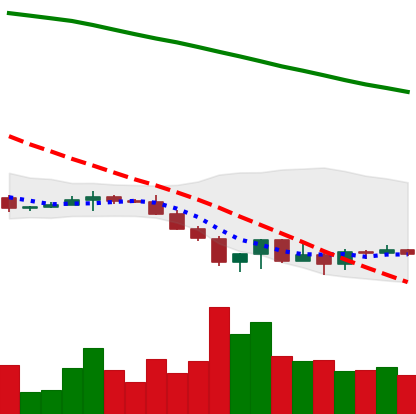
Ticker: XRP-USD
Chart end date: 2022-06-22
Forward return: 9.501%
Label: up_7plus